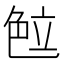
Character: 𰰖